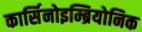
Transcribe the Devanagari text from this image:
कार्सिनोइम्ब्रियोनिक